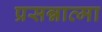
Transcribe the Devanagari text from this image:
प्रसन्नात्मा